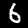
Digit: 6